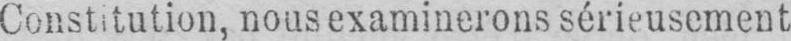
Constitution, nous examinerons sérieusement